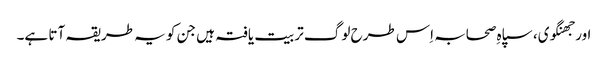
اور جھنگوی، سپاہِ صحابہ اِس طرح لوگ تربیت یافتہ ہیں جن کو یہ طریقہ آتا ہے۔